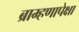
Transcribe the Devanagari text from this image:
ब्राम्हणापेक्षा